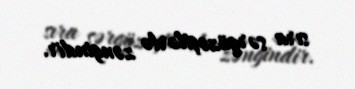
sıra sərgüzəştlərlə zəngindir.